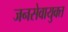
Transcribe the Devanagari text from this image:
जनसेवायुक्‍त